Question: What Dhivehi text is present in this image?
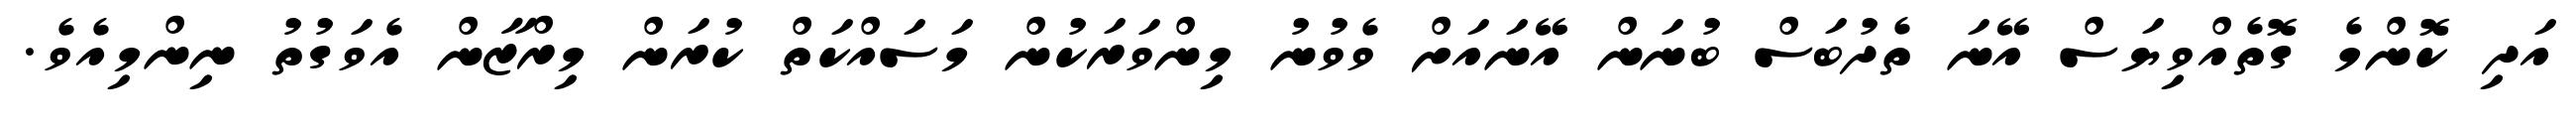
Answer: އަދި ކޮންމެ ގޮތެއްވިޔަސް އޭނަ ތެދުބަސް ބުނަން އޭނައަށް ވެވުނު މިންވަރަކުން މަސައްކަތް ކުރަން މިރްޒާން އެވަގުތު ނިންމިއެވެ.